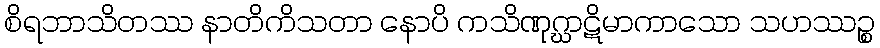
စိရဘာသိတဿ နာတိကိသတာ နောပိ ကသိဏုဂ္ဃာဋိမာကာသော သဟဿဉ္စ